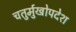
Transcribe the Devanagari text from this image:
चतुर्मुखोपदेश